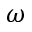
\omega